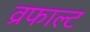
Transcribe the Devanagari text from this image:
व्रफाल्ट